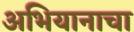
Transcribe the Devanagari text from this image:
अभियानाचा